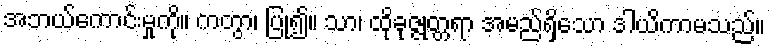
အဘယ်ကောင်းမှုကို။ ကတွာ၊ ပြု၍။ သာ၊ ထိုခုဇ္ဇုတ္တရာ အမည်ရှိသော ဒါယိကာမသည်။